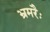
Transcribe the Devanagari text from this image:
भ्रमरैः